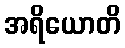
အရိယောတိ